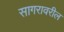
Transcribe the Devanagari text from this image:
सागरावरील